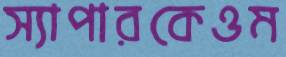
স্যাপারকেওম